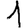
Digit: 1